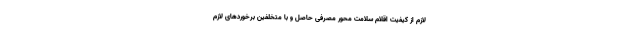
لازم از کیفیت اقلام سلامت محور مصرفی حاصل و با متخلفین برخوردهای لازم